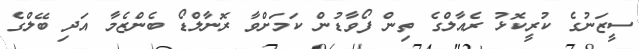
ސީޒަނުގެ ކުރީކޮޅު ރެއާލްގެ ތިން ފޯވާޑުން ކަމަށްވާ ރޮނާލްޑޯ ބެންޒެމާ އަދި ބޭލްގެ